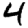
Digit: 4